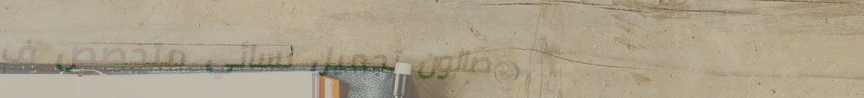
صالون تجميل نسائي متخصص ف